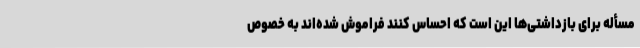
مسأله برای بازداشتی‌ها این است که احساس کنند فراموش شده‌اند به خصوص